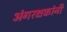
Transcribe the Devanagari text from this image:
अंगरक्षकांनी